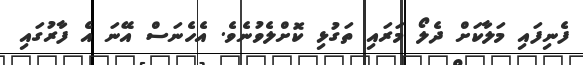
ފެނިފައި މަލާކަށް ދެލޯ މަރައި ތަގުޅި ކޮށްލެވުނެވެ. އެހެނަސް އޭނަ އެ ފާރުގައި